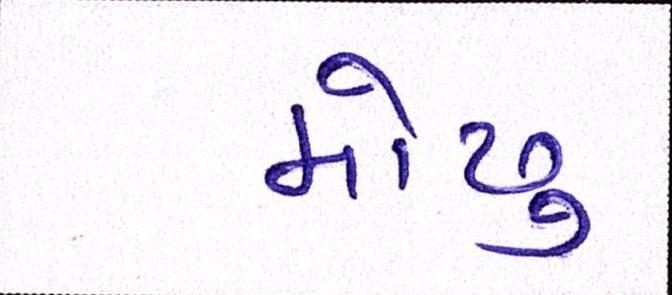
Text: મોઢુ